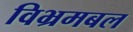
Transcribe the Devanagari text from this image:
विभ्रमबल